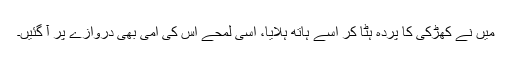
میں نے کھڑکی کا پردہ ہٹا کر اسے ہاتھ ہلایا، اسی لمحے اس کی امی بھی دروازے پر آ گئیں۔